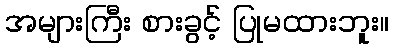
အများကြီး စားခွင့် ပြုမထားဘူး။